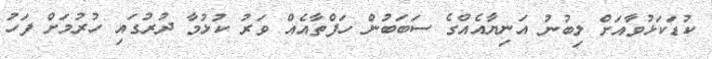
ކުޑަކަޅުވާއަށް ލިބުނު އަނިޔާއެއްގެ ސަބަބުން ހަފްތާއެއް ވަރު ކުޅުމާ ދުރުގައި ހުރުމަށް ފަހު